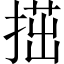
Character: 𢱝